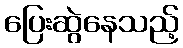
ပြေးဆွဲနေသည့်